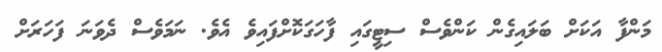
މަންފާ އަކަށް ބަލައިގެން ކަންވެސް ސިޓީގައި ފާހަގަކޮށްފައިވެ އެވެ. ނަމަވެސް ދެވަނަ ފަހަރަށް